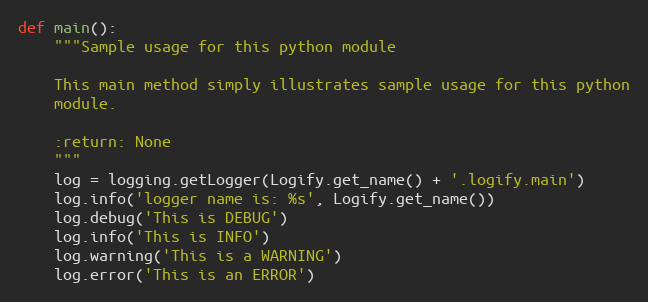
Language: Python
def main():
    """Sample usage for this python module

    This main method simply illustrates sample usage for this python
    module.

    :return: None
    """
    log = logging.getLogger(Logify.get_name() + '.logify.main')
    log.info('logger name is: %s', Logify.get_name())
    log.debug('This is DEBUG')
    log.info('This is INFO')
    log.warning('This is a WARNING')
    log.error('This is an ERROR')